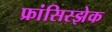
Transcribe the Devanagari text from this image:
फ्रांसिस्झेक